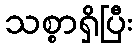
သစ္စာရှိပြီး